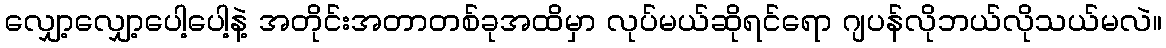
လျှော့လျှော့ပေါ့ပေါ့နဲ့ အတိုင်းအတာတစ်ခုအထိမှာ လုပ်မယ်ဆိုရင်ရော ဂျပန်လိုဘယ်လိုသယ်မလဲ။